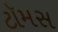
ટૉમસ